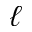
\ell